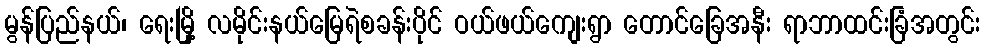
မွန်ပြည်နယ်၊ ရေးမြို့ လမိုင်းနယ်မြေရဲစခန်းပိုင် ဝယ်ဖယ်ကျေးရွာ တောင်ခြေအနီး ရာဘာထင်းခြံအတွင်း